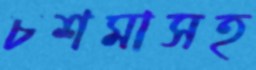
চশমাসহ